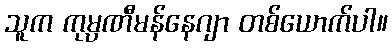
သူက ကုမ္ပဏီမန်နေဂျာ တစ်ယောက်ပါ။